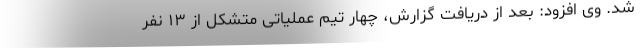
شد. وی افزود: بعد از دریافت گزارش، چهار تیم عملیاتی متشکل از ۱۳ نفر